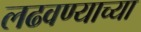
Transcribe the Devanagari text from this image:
लढवण्याच्या